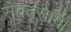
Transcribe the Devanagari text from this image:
सेवतसामी